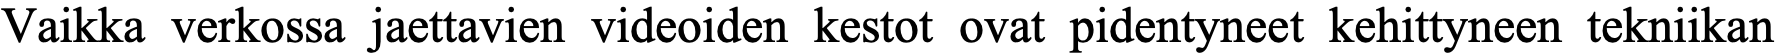
Vaikka verkossa jaettavien videoiden kestot ovat pidentyneet kehittyneen tekniikan